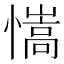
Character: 𢣆